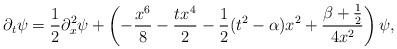
LaTeX: \begin{align*}\partial_t \psi = \frac{1}{2} \partial_x^2 \psi + \left( -\frac{x^6}{8} - \frac{t x^4}{2} -\frac{1}{2}(t^2-\alpha) x^2 + \frac{\beta + \frac{1}{2}}{4 x^2} \right) \psi ,\end{align*}